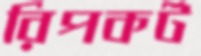
রিপকর্ট